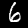
Label: 6